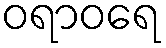
ဝရာဝရေ